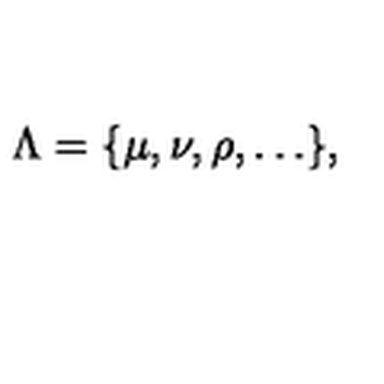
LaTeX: \Lambda = \{ \mu , \nu , \rho , \ldots \} ,